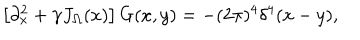
LaTeX: \left[ \partial _ { x } ^ { 2 } + \gamma J _ { \Omega } ( x ) \right] G ( x , y ) = - ( 2 \pi ) ^ { 4 } \delta ^ { 4 } ( x - y ) ,